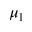
\mu _ { 1 }